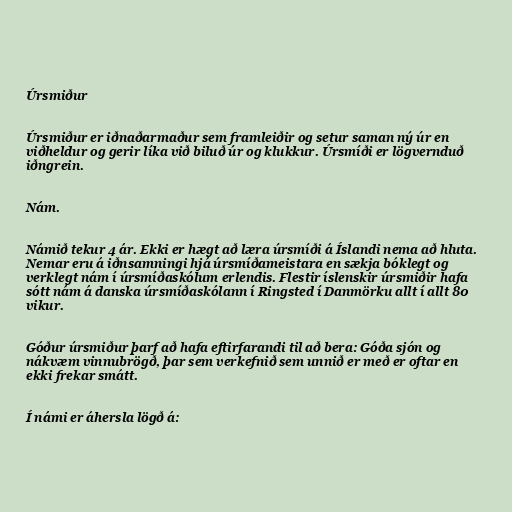
Úrsmiður

Úrsmiður er iðnaðarmaður sem framleiðir og setur saman ný úr en
viðheldur og gerir líka við biluð úr og klukkur. Úrsmíði er lögvernduð
iðngrein.

Nám.

Námið tekur 4 ár. Ekki er hægt að læra úrsmíði á Íslandi nema að hluta.
Nemar eru á iðnsamningi hjá úrsmíðameistara en sækja bóklegt og
verklegt nám í úrsmíðaskólum erlendis. Flestir íslenskir úrsmiðir hafa
sótt nám á danska úrsmíðaskólann í Ringsted í Danmörku allt í allt 80
vikur.

Góður úrsmiður þarf að hafa eftirfarandi til að bera: Góða sjón og
nákvæm vinnubrögð, þar sem verkefnið sem unnið er með er oftar en
ekki frekar smátt.

Í námi er áhersla lögð á: